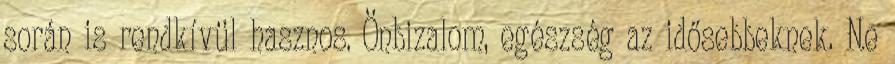
során is rendkívül hasznos. Önbizalom, egészség az idősebbeknek. Ne